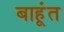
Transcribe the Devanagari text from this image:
बाहूंत